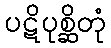
ပဋိပုစ္ဆိတုံ